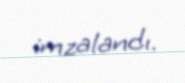
imzalandı.